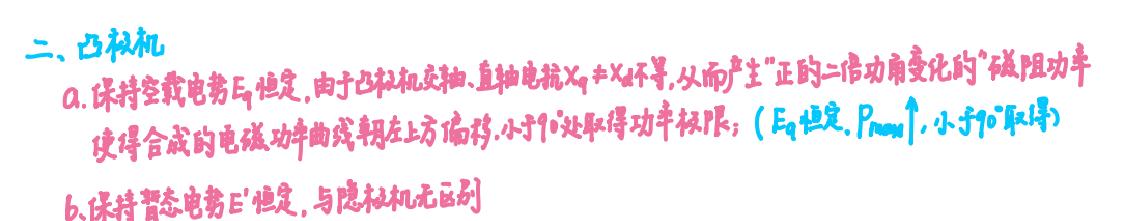
二、凸极机
a. 保持空载电势$E_q$恒定，由于凸极机交轴、直轴电抗$X_q\neq X_d$不等，从而产生“正的二倍功角变化的”磁阻功率，使得合成的电磁功率曲线朝左上方偏移，小于$90^{\circ}$处取得功率极限；（$E_q$恒定，$P_{max}\uparrow$，小于$90^{\circ}$取得）
b. 保持暂态电势$E'$恒定，与隐极机无区别